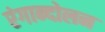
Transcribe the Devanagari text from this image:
रंगान्दोलन